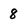
Character: 8